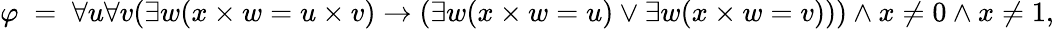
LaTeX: \varphi\; =\; \forall u\forall v(\exists w(x\times w=u\times v)\rightarrow(\exists w(x\times w=u)\lor\exists w(x\times w=v)))\land x\neq 0\land x\neq 1,